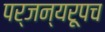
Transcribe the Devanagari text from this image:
पर्जन्यरूपच